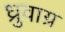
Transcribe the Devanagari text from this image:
ध्रुवाग्र